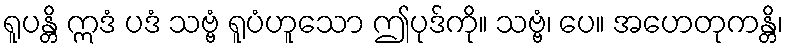
ရူပန္တိ ဣဒံ ပဒံ သဗ္ဗံ ရူပံဟူသော ဤပုဒ်ကို။ သဗ္ဗံ၊ ပေ။ အဟေတုကန္တိ၊